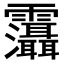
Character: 𩇋